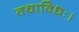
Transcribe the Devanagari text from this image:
तथाविधः।